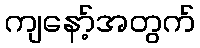
ကျနော့်အတွက်